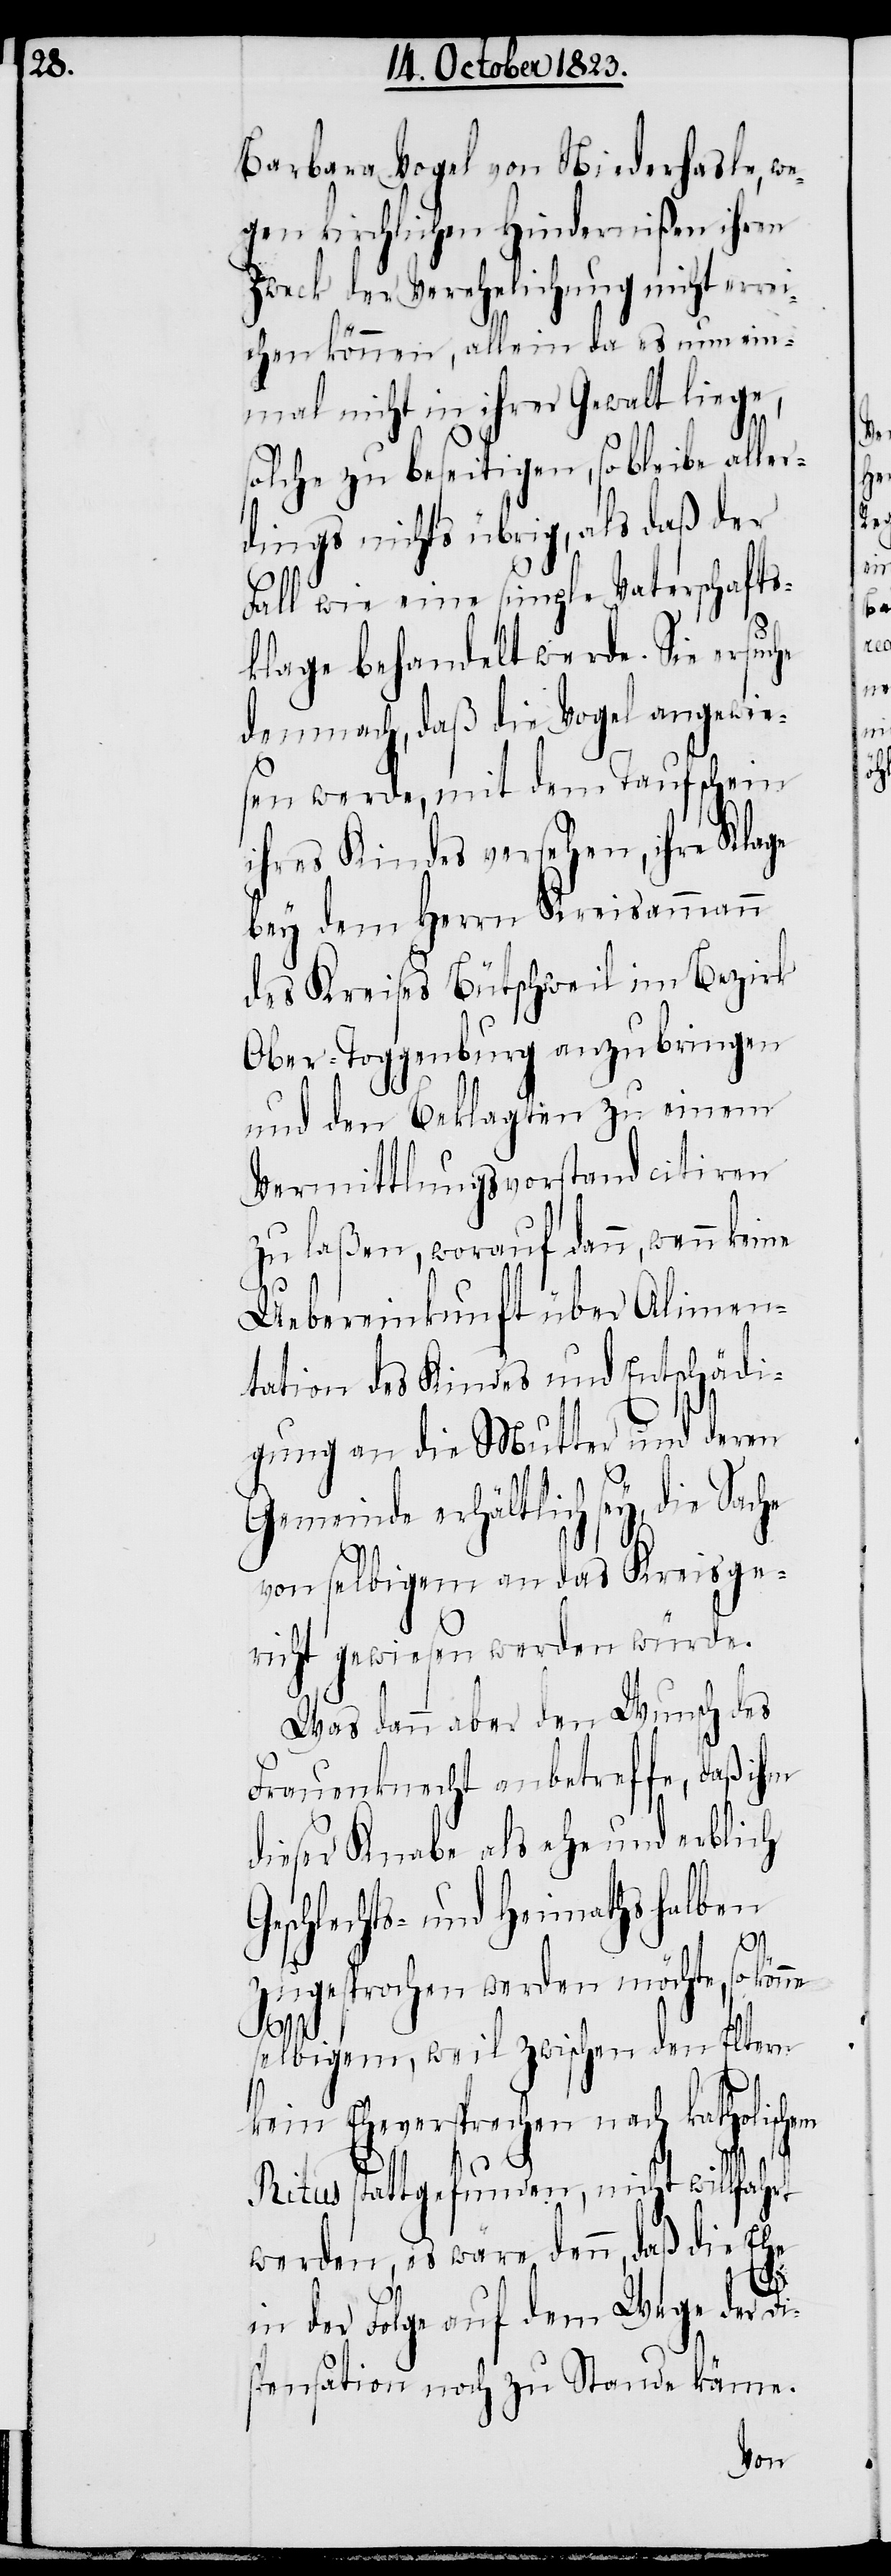
Barbara Vogel von Niederhasle, we¬
gen kirchlichen Hindernißen ihren
Zweck der Verehelichung nicht errei¬
chen können, allein da es nun ein¬
mal nicht in ihrer Gewalt liege,
solche zu beseitigen, so bleibe aller¬
dings nichts übrig, als daß der
Fall wie eine simple Vaterschafts¬
klage behandelt werde. Sie ersuche
demnach, daß die Vogel angewie¬
sen werde, mit dem Taufschein
ihres Kindes versehen, ihre Klage
bey dem Herrn Kreisammann
des Kreises Bütschweil im Bezirk
Ober-Toggenburg anzubringen
und den Beklagten zu einem
Vermittlungsvorstand citiren
zu laßen, worauf dann, wenn
Uebereinkunft über Alimen¬
tation des Kindes und Entschädi¬
gung an die Mutter und deren
Gemeinde erhältlich sey, die Sache
von selbigem an das Kreisge¬
richt gewiesen werden würde.
Was dann aber den Wunsch des
Frauenknecht anbetreffe, daß ihm
dieser Knabe als ehe und erblich
Geschlechts- und Heimathshalben
zugesprochen werden möchte, so könne
selbigem, weil zwischen den Eltern
kein Eheversprechen nach katholischem
Ritus stattgefunden, nicht willfahrt
werden, es wäre denn, daß die Ehe
in der Folge auf dem Wege der Di¬
spensation noch zu Stande käme.